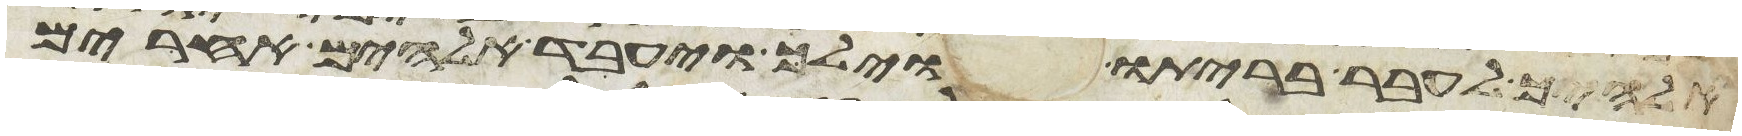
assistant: אלהיך לעבר בריתו וילך ויעבד אלהים אחרים